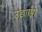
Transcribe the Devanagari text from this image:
उड़ाएंगे